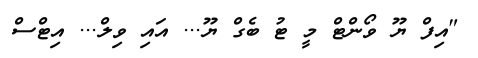
"އިފް ޔޫ ވޯންޓް މީ ޓު ބެގް ޔޫ... އައި ވިލް... އިޓްސް